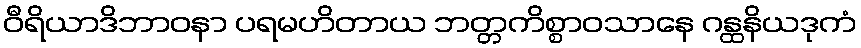
ဝီရိယာဒိဘာဝနာ ပရမဟိတာယ ဘတ္တကိစ္စာဝသာနေ ဂန္ထနိယဒုကံ